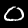
Label: 0